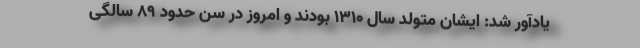
یادآور شد: ایشان متولد سال ۱۳۱۰ بودند و امروز در سن حدود ۸۹ سالگی